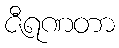
ဇီရဏတာ